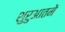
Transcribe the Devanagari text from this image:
शुरुआतमें